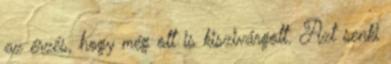
az érzés, hogy még ott is kiszivárgott. Azt senki